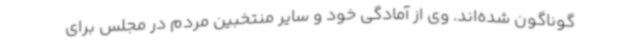
گوناگون شده‌اند. وی از آمادگی خود و سایر منتخبین مردم در مجلس برای